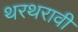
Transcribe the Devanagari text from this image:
थरथरावी